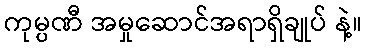
ကုမ္ပဏီ အမှုဆောင်အရာရှိချုပ် နဲ့။